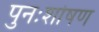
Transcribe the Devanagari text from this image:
पुनःशोषण